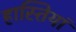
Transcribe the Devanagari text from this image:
हास्तियां